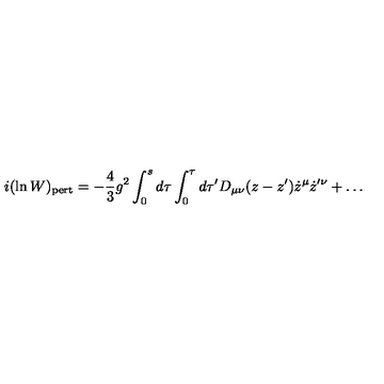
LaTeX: i ( \ln W ) _ { \mathrm { p e r t } } = - { \frac { 4 } { 3 } } g ^ { 2 } \int _ { 0 } ^ { s } d \tau \int _ { 0 } ^ { \tau } d \tau ^ { \prime } D _ { \mu \nu } ( z - z ^ { \prime } ) \dot { z } ^ { \mu } \dot { z } ^ { \prime \nu } + \dots